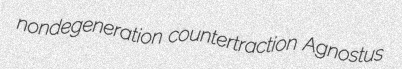
nondegeneration countertraction Agnostus